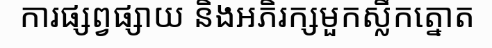
ការផ្សព្វផ្សាយ និងអភិរក្សមួកស្លឹកត្នោត